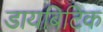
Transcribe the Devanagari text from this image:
डायबिटिक